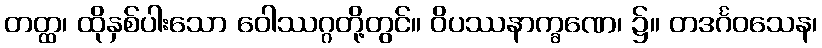
တတ္ထ၊ ထိုနှစ်ပါးသော ဝေါဿဂ္ဂတို့တွင်။ ဝိပဿနာက္ခဏေ၊ ၌။ တဒင်္ဂဝသေန၊